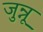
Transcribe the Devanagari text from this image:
जुन्नू